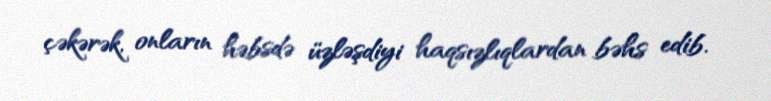
çəkərək, onların həbsdə üzləşdiyi haqsızlıqlardan bəhs edib.